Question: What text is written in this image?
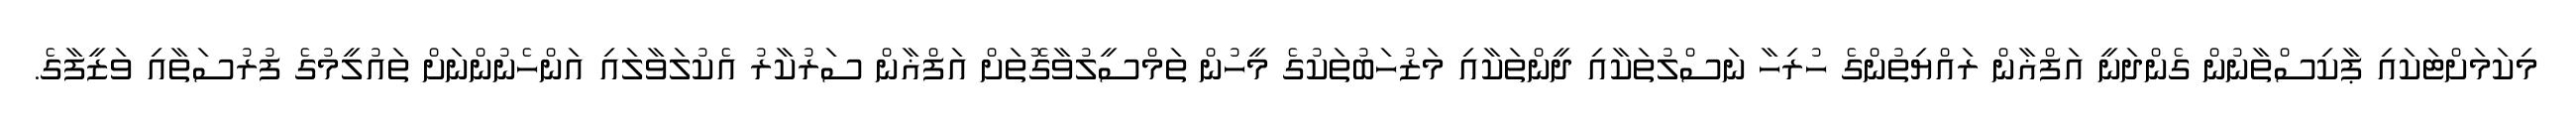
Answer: މިކަމަށްޓަކައި ޕާކިސްތާނުން ގެންދަނީ އަފްޣާން ރައްޔިތުންގެ ހުރިހާ ނަސްލުތަކާއި ދީންތަކާއި މަޒުހަބުތަކުގެ މީހުން ތަމްސީލުވާގޮތަށް އަފްޣާން ސަރުކާރު އެކުލަވާލައި އަންހެނުންނަށް ތައުލީމުގެ ފުރުސަތާއި ވަޒީފާގެ.